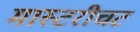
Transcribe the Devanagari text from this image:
मास्टरीचट